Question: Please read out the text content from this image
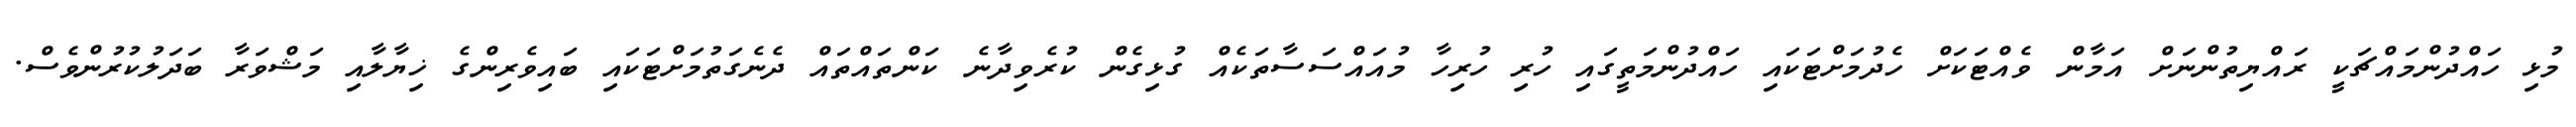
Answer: މުޅި ހައްދުންމައްޗަކީ ރައްޔިތުންނަށް އަމާން ވެއްޓަކަށް ހެދުމަށްޓަކައި ހައްދުންމަތީގައި ހުރި ހުރިހާ މުއައްސަސާތަކެއް ގުޅިގެން ކުރެވިދާނެ ކަންތައްތައް ދެނެގަތުމަށްޓަކައި ބައިވެރިންގެ ޚިޔާލާއި މަޝްވަރާ ބަދަލުކުރުންވެސް.